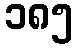
၁၈၅